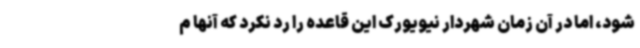
شود، اما در آن زمان شهردار نیویورک این قاعده را رد نکرد که آنها م